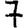
Digit: 7